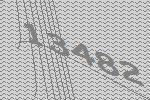
13482